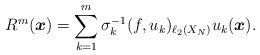
LaTeX: \begin{align*}R^m(\boldsymbol{x})=\sum_{k=1}^{m} \sigma^{-1}_k (f, u_k)_{\ell_2(X_N)} u_k(\boldsymbol{x}).\end{align*}